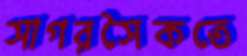
সাগরসৈকতে